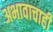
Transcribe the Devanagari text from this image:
अभावाचाही